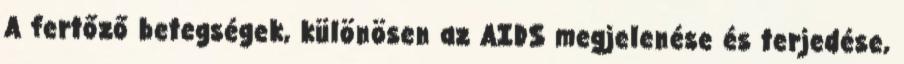
A fertőző betegségek, különösen az AIDS megjelenése és terjedése,